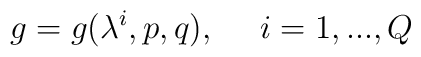
g=g(\lambda^i,p,q),\ \ \ \ i=1,...,Q